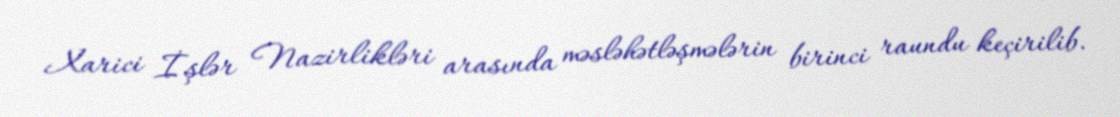
Xarici İşlər Nazirlikləri arasında məsləhətləşmələrin birinci raundu keçirilib.